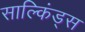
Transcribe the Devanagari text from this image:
साल्किंड्स